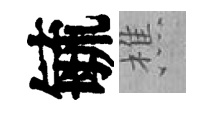
毓樵